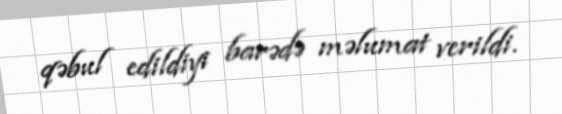
qəbul edildiyi barədə məlumat verildi.